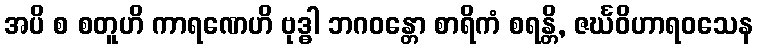
အပိ စ စတူဟိ ကာရဏေဟိ ဗုဒ္ဓါ ဘဂဝန္တော စာရိကံ စရန္တိ, ဇင်္ဃဝိဟာရဝသေန